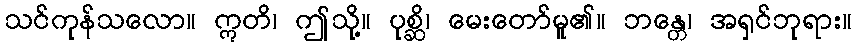
သင်ကုန်သလော။ ဣတိ၊ ဤသို့။ ပုစ္ဆိ၊ မေးတော်မူ၏။ ဘန္တေ၊ အရှင်ဘုရား။